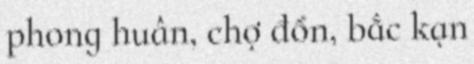
phong huân, chợ đồn, bắc kạn